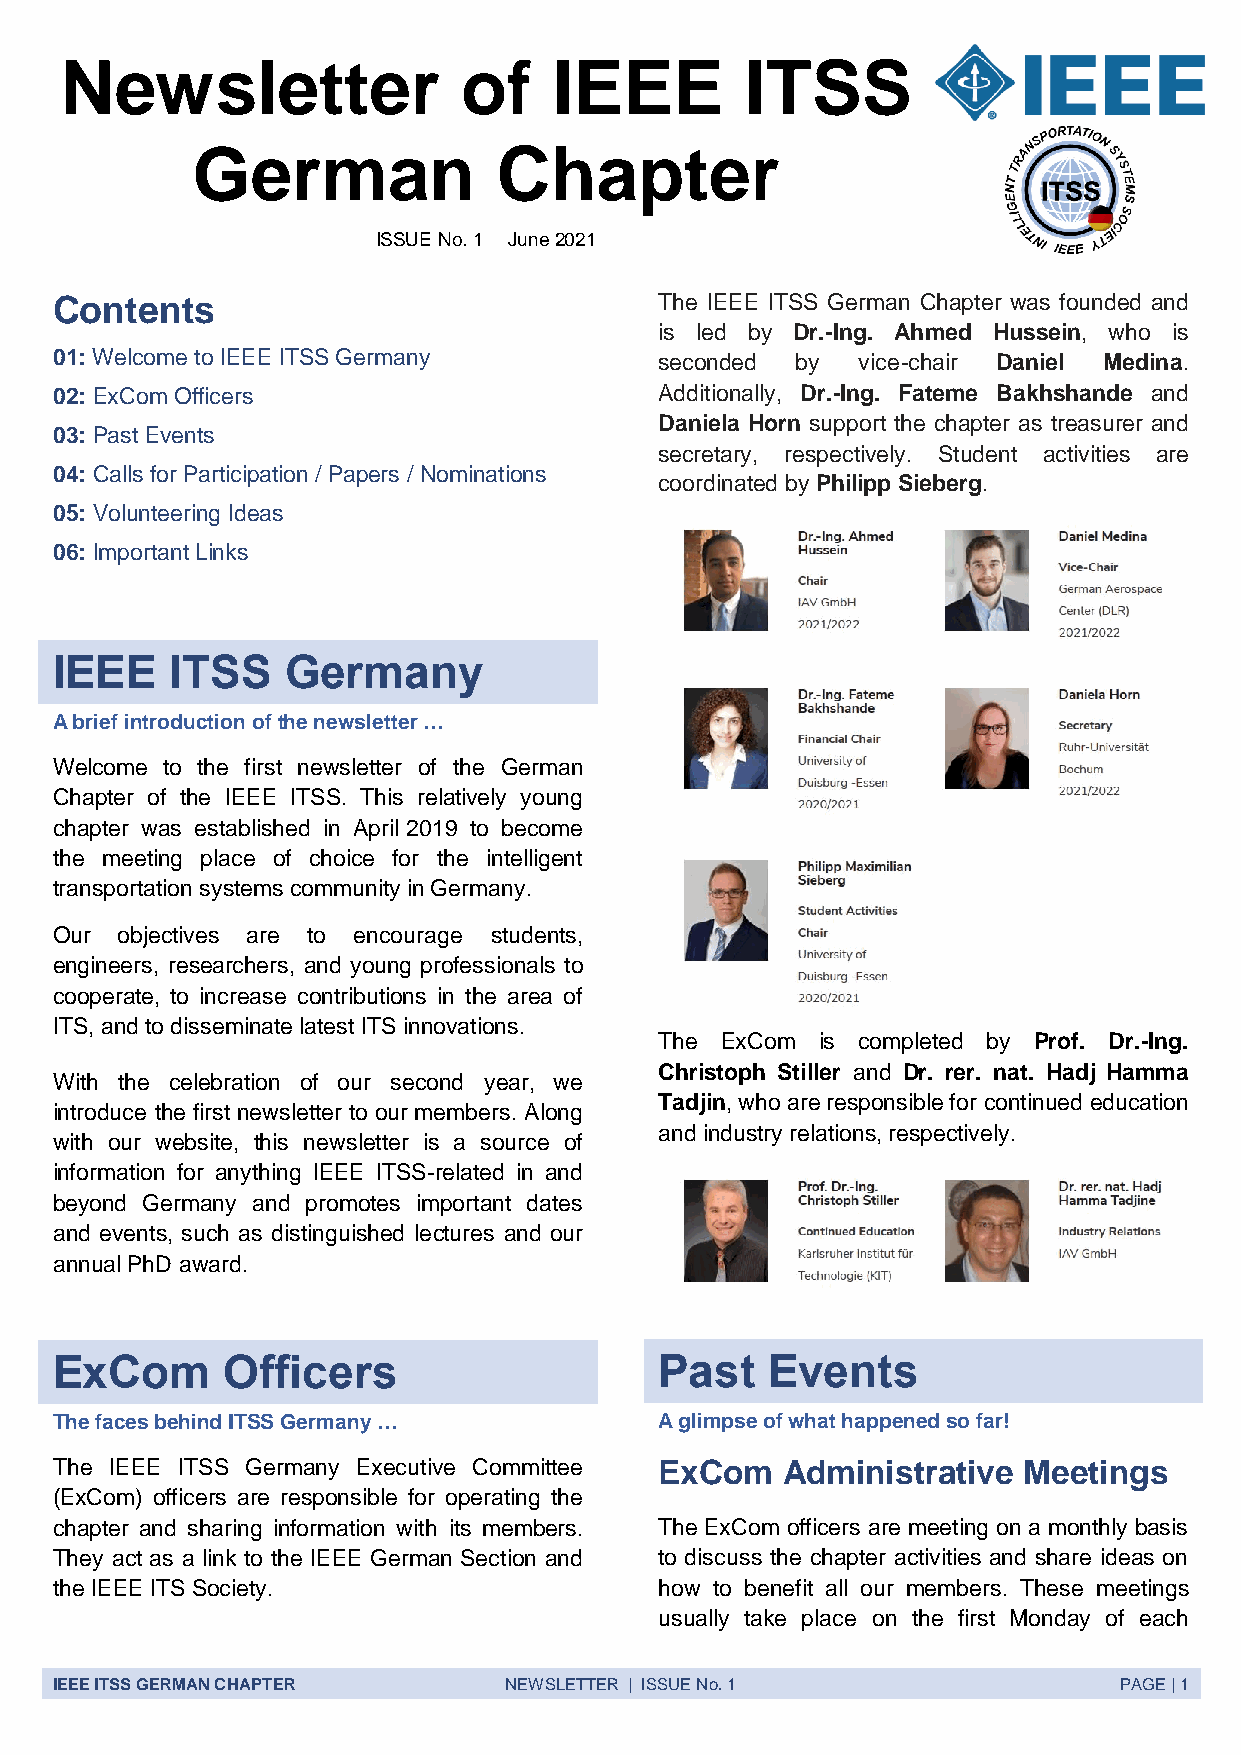
Newsletter                 of    IEEE        ITSS
 German              Chapter
 ISSUE No. 1 June 2021
 Contents                                 The IEEE ITSS German Chapter was founded and
 is led by Dr.-Ing. Ahmed Hussein, who is
 01: Welcome to IEEE ITSS Germany         seconded by  vice-chair Daniel Medina.
 02: ExCom Officers                       Additionally, Dr.-Ing. Fateme Bakhshande and
 Daniela Horn support the chapter as treasurer and
 03: Past Events
 secretary, respectively. Student activities are
 04: Calls for Participation / Papers / Nominations
 coordinated by Philipp Sieberg.
 05: Volunteering Ideas
 06: Important Links
 IEEE    ITSS    Germany
 A brief introduction of the newsletter …
 Welcome to the first newsletter of the German
 Chapter of the IEEE ITSS. This relatively young
 chapter was established in April 2019 to become
 the meeting place of choice for the intelligent
 transportation systems community in Germany.
 Our  objectives are to encourage students,
 engineers, researchers, and young professionals to
 cooperate, to increase contributions in the area of
 ITS, and to disseminate latest ITS innovations.
 The ExCom is completed by Prof. Dr.-Ing.
 Christoph Stiller and Dr. rer. nat. Hadj Hamma
 With the celebration of our second year, we
 Tadjin, who are responsible for continued education
 introduce the first newsletter to our members. Along
 and industry relations, respectively.
 with our website, this newsletter is a source of
 information for anything IEEE ITSS-related in and
 beyond Germany and promotes important dates
 and events, such as distinguished lectures and our
 annual PhD award.
 ExCom       Officers                     Past   Events
 The faces behind ITSS Germany …          A glimpse of what happened so far!
 The IEEE ITSS Germany Executive Committee ExCom  Administrative  Meetings
 (ExCom) officers are responsible for operating the
 chapter and sharing information with its members. The ExCom officers are meeting on a monthly basis
 They act as a link to the IEEE German Section and to discuss the chapter activities and share ideas on
 the IEEE ITS Society.                    how to benefit all our members. These meetings
 usually take place on the first Monday of each
 IEEE ITSS GERMAN CHAPTER      NEWSLETTER | ISSUE No. 1                 PAGE | 1